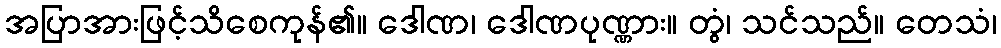
အပြာအားဖြင့်သိစေကုန်၏။ ဒေါဏ၊ ဒေါဏပုဏ္ဏား။ တွံ၊ သင်သည်။ တေသံ၊